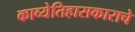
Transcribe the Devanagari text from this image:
काव्येतिहासकाराचे